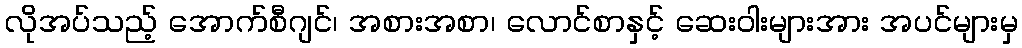
လိုအပ်သည့် အောက်စီဂျင်၊ အစားအစာ၊ လောင်စာနှင့် ဆေးဝါးများအား အပင်များမှ